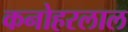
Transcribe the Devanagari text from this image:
कनोहरलाल